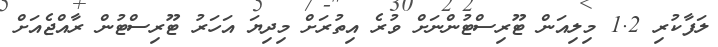
ލަފާކުރި 1.2 މިލިއަން ޓޫރިސްޓުންނަށް ވުރެ އިތުރަށް މިދިޔަ އަހަރު ޓޫރިސްޓުން ރާއްޖެއަށް